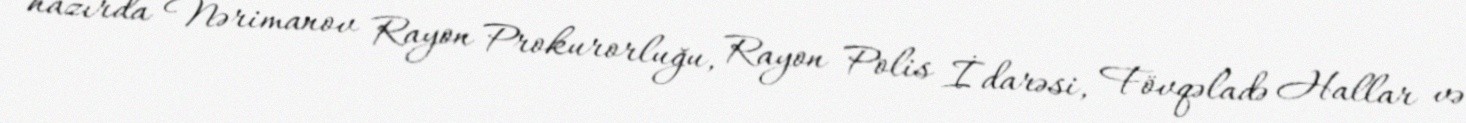
hazırda Nərimanov Rayon Prokurorluğu, Rayon Polis İdarəsi, Fövqəladə Hallar və